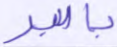
بالبر